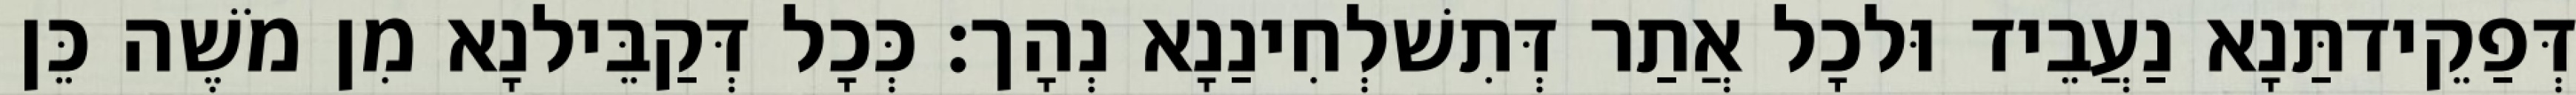
דְּפַקֵידתַּנָא נַעֲבֵיד וּלכָל אֲתַר דְּתִשׁלְחִינַנָא נְהָך׃ כְּכָל דְּקַבֵּילנָא מִן מֹשֶׁה כֵּן